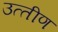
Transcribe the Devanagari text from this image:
उत्‍तीण